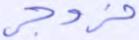
مزدجر